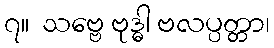
၇။  သဗ္ဗေ ဗုဒ္ဓါ ဗလပ္ပတ္တာ၊